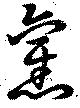
舊